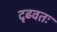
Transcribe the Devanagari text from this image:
दृढवतः